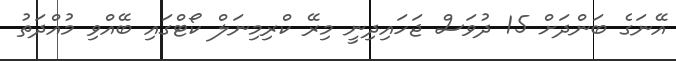
އޭނަގެ ބަންދަށް 15 ދުވަސް ޖަހައިދިނީ މިރޭ ކްރިމިނަލް ކޯޓްގައި ބޭއްވި މުއްދަތު